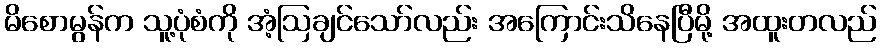
မိစောမွန်က သူ့ပုံစံကို အံ့ဩချင်သော်လည်း အကြောင်းသိနေပြီမို့ အထူးတလည်